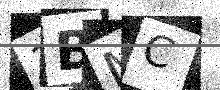
Text: 3BMC